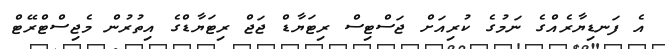
އެ ފަނޑިޔާރެއްގެ ނަމުގެ ކުރިއަށް ޖަސްޓިސް ރިޓަޔާޑް ޖަޖް ރިޓަޔާޑްގެ އިތުރުން މެޖިސްޓްރޭޓް